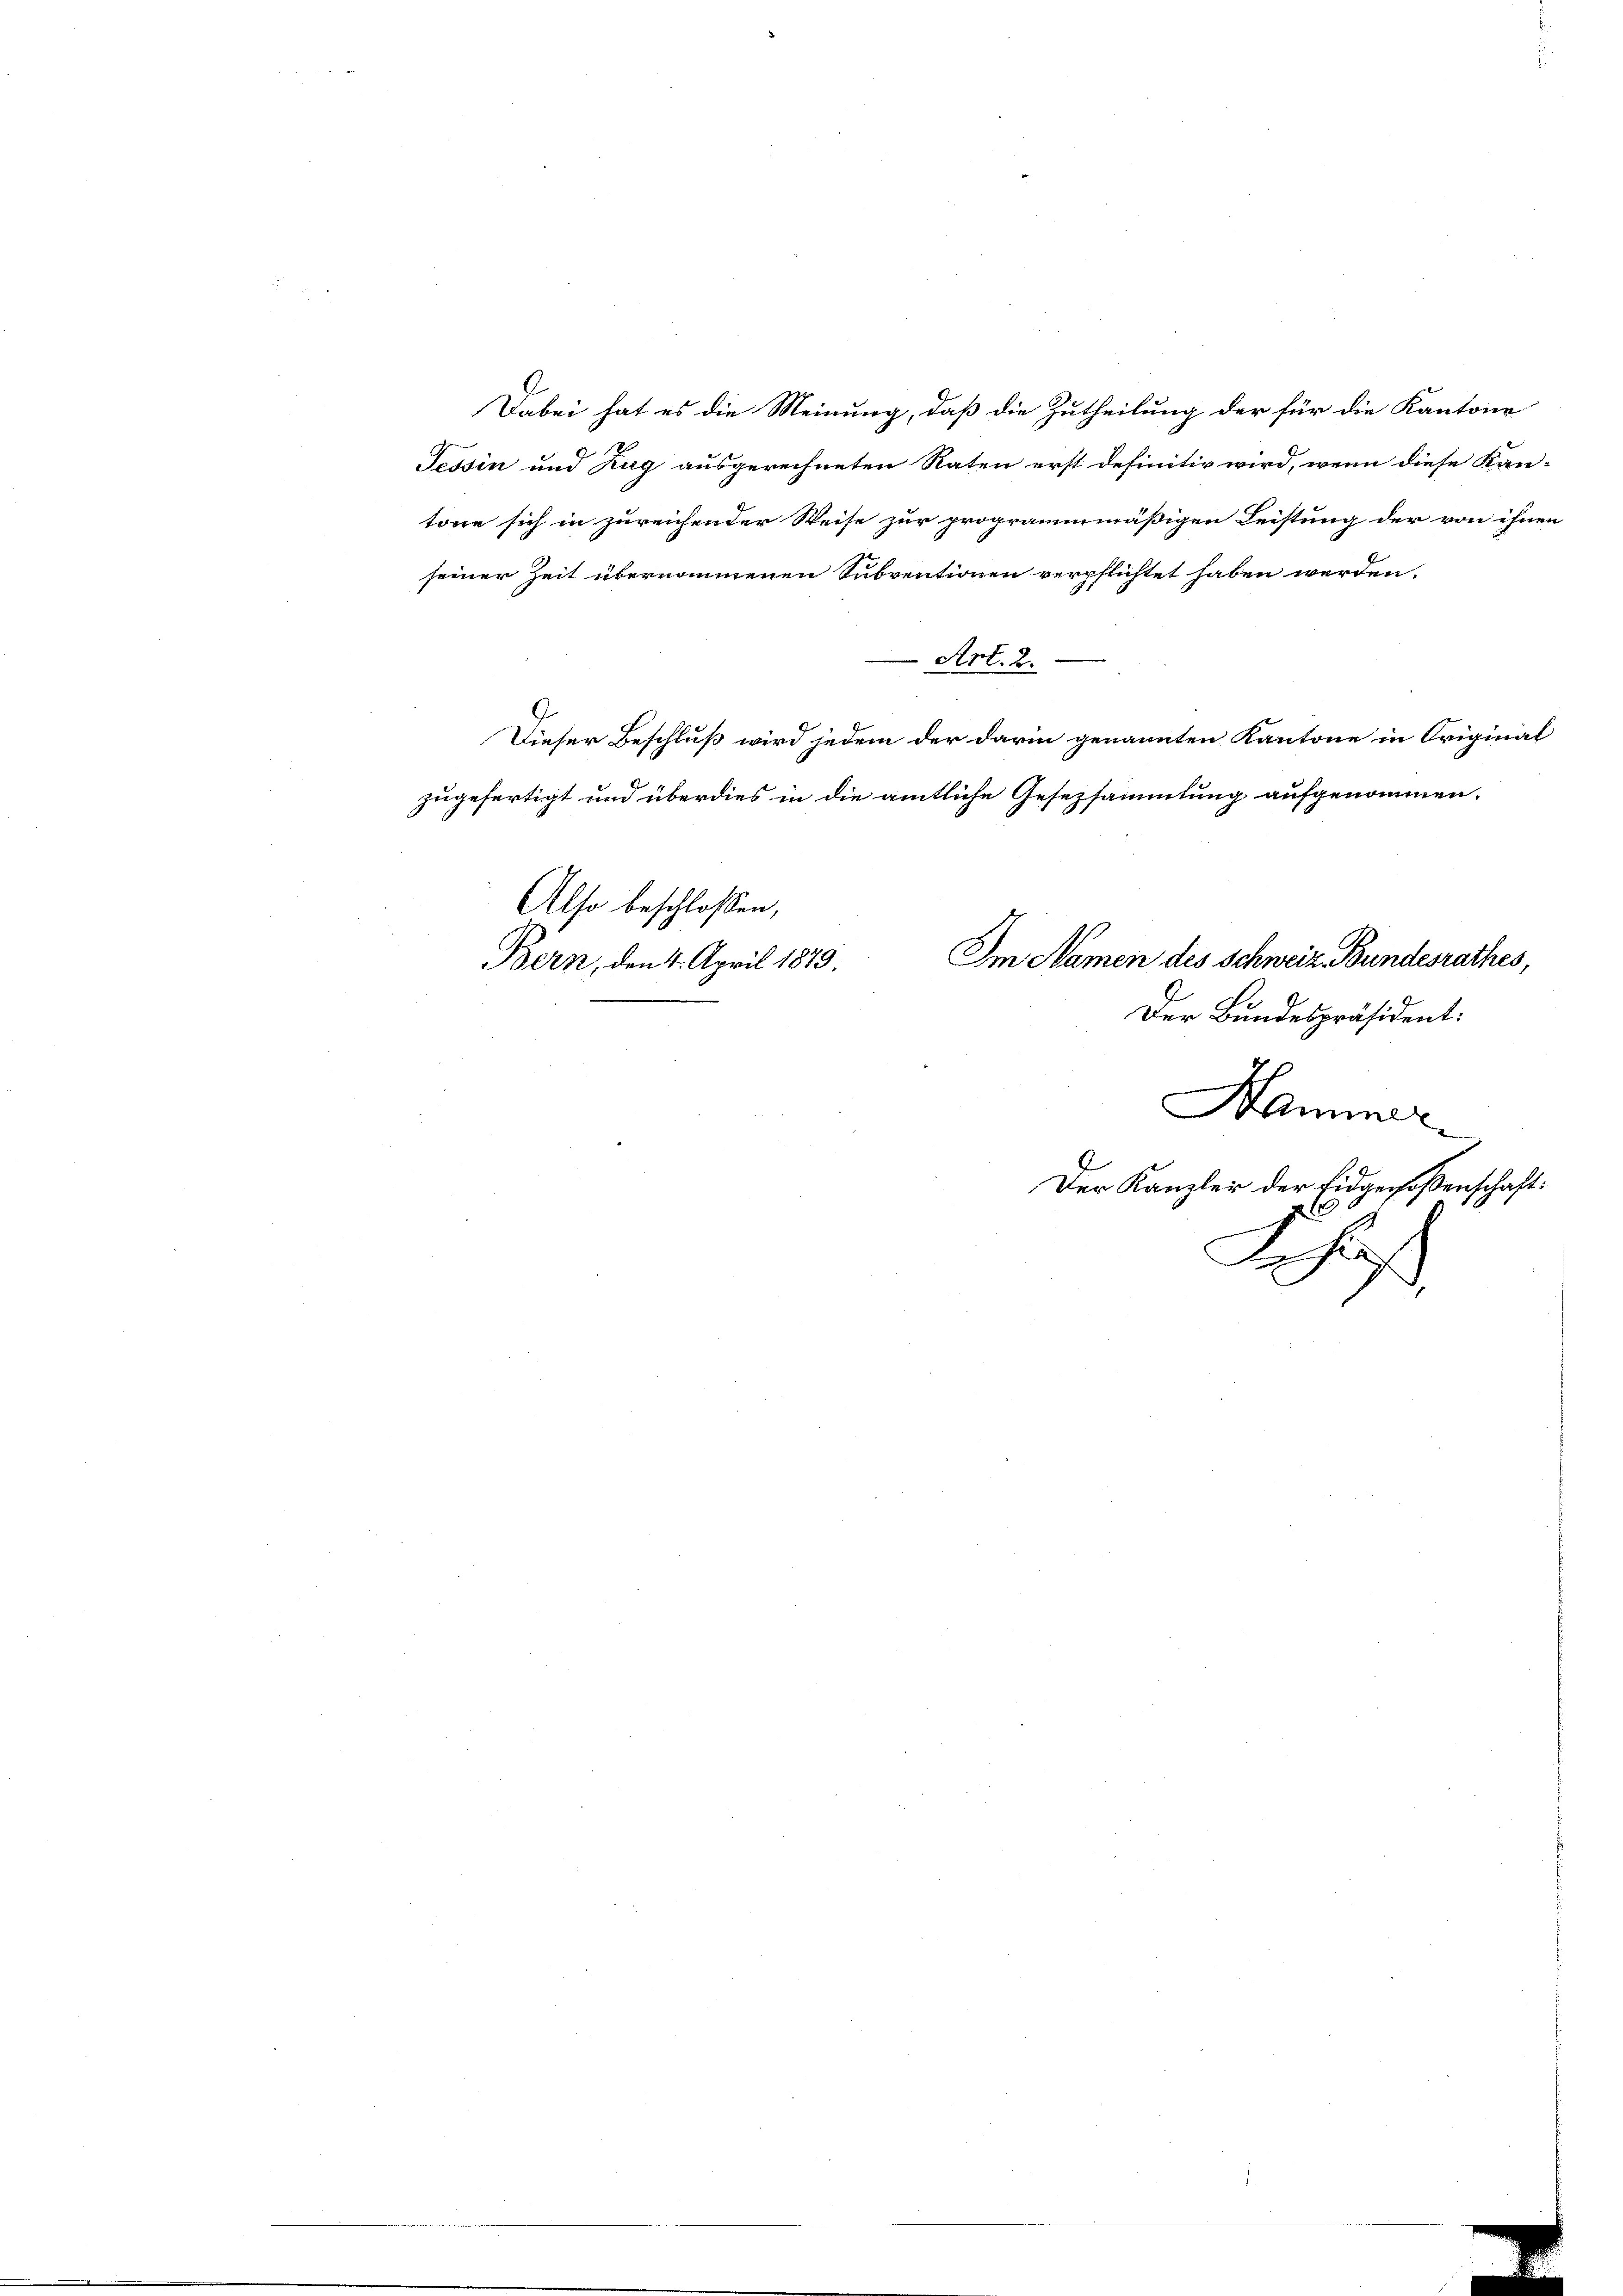
seiner Zeit übernommenen Subventionen verpflichtet haben werden.
Art. 2.
zugefertigt und überdies in die amtliche Gesezsammlung aufgenommen.
Also beschlossen,
Im Namen des Schweiz. Bundesrathes,
Bern, den 4. April 1879.
.
Der Bundespräsident:
Hammer
Der Kanzler der Eidgenoßenschaft:
aemen
2

Dabei hat es die Meinung, daß die Zutheilung der für die Kantone
Tessin und Zug ausgerechneten Raten erst definitiv wird, wenn diese Kan-
tone sich in zureichender Weise zur programmmäßigen Leistung der von ihnen

Dieser Beschluß wird jedem der darin genannten Kantone in Original